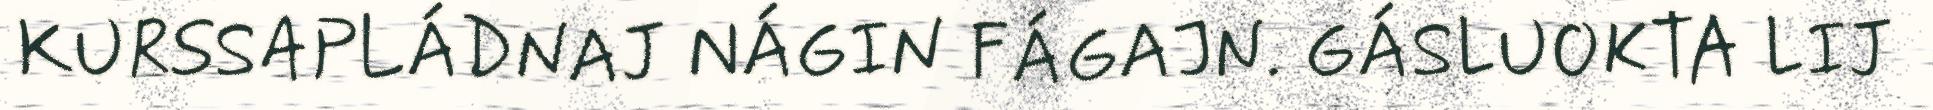
KURSSAPLÁDNAJ NÁGIN FÁGAJN. GÁSLUOKTA LIJ